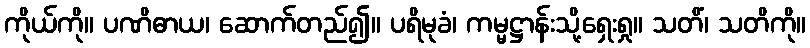
ကိုယ်ကို။ ပဏိဓာယ၊ ဆောက်တည်၍။ ပရိမုခံ၊ ကမ္မဋ္ဌာန်းသို့ရှေးရှု။ သတိံ၊ သတိကို။